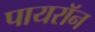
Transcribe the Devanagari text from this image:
पायराॅन